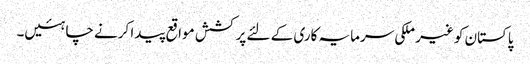
پاکستان کو غیر ملکی سرمایہ کاری کے لئے پرکشش مواقع پیدا کرنے چاہئیں۔